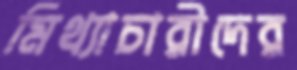
মিথ্যাচারীদের